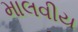
માલવીય